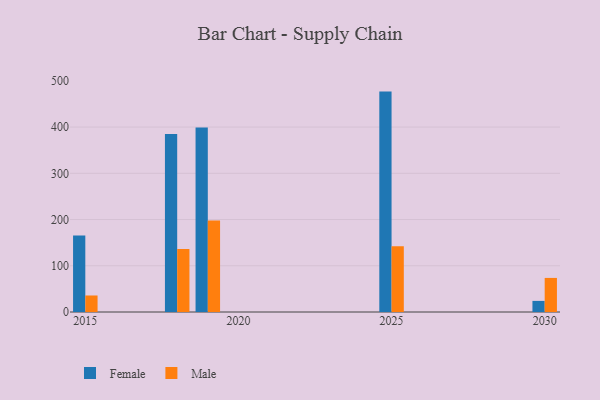
{"axis": {"x": "Year", "y": "Churn Rate (%)"}, "legend": ["Female", "Male"], "data": [{"x": "2030", "y": 24.0, "type": "Female"}, {"x": "2030", "y": 73.7, "type": "Male"}, {"x": "2018", "y": 384.9, "type": "Female"}, {"x": "2018", "y": 136.3, "type": "Male"}, {"x": "2015", "y": 165.3, "type": "Female"}, {"x": "2015", "y": 35.7, "type": "Male"}, {"x": "2019", "y": 399.2, "type": "Female"}, {"x": "2019", "y": 197.8, "type": "Male"}, {"x": "2025", "y": 476.7, "type": "Female"}, {"x": "2025", "y": 142.1, "type": "Male"}]}